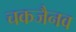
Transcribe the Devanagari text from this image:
चकजैनव